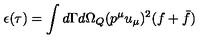
\epsilon ( \tau ) = \int d \Gamma d { \Omega } _ { Q } ( p ^ { \mu } u _ { \mu } ) ^ { 2 } ( f + \bar { f } )